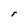
Character: r